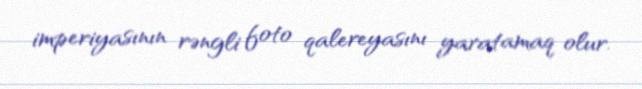
imperiyasının rəngli foto qalereyasını yaratamaq olur.